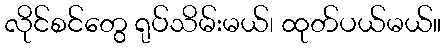
လိုင်စင်တွေ ရုပ်သိမ်းမယ်၊ ထုတ်ပယ်မယ်။